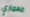
معماري